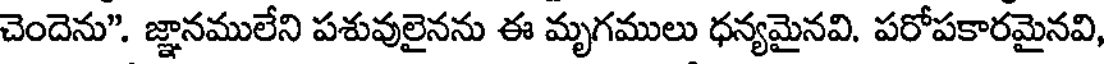
చెందెను". జ్ఞానములేని పశువులైనను ఈ మృగములు ధన్యమైనవి. పరోపకారమైనవి,